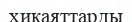
хикаяттарды